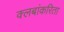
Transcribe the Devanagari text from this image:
क्लबांकरिता